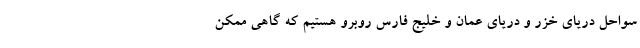
سواحل دریای خزر و دریای عمان و خلیج فارس روبرو هستیم که گاهی ممکن